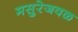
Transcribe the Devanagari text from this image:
मसुरेजवळ